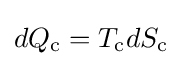
dQ_{\mathrm {c} }=T_{\mathrm {c} }dS_{\mathrm {c} }